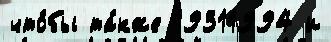
что́бы та́кже 19311994 и